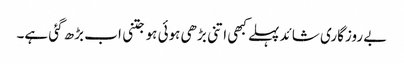
بے روزگاری شائد پہلے کبھی اتنی بڑھی ہوئی ہو جتنی اب بڑھ گئی ہے۔